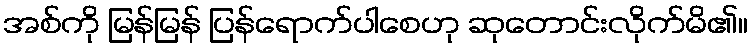
အစ်ကို မြန်မြန် ပြန်ရောက်ပါစေဟု ဆုတောင်းလိုက်မိ၏။